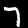
Digit: 7